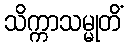
သိက္ကာသမ္မုတိံ